Sketch of the medical history of the native army of Bombay, for the year
Year: 1872
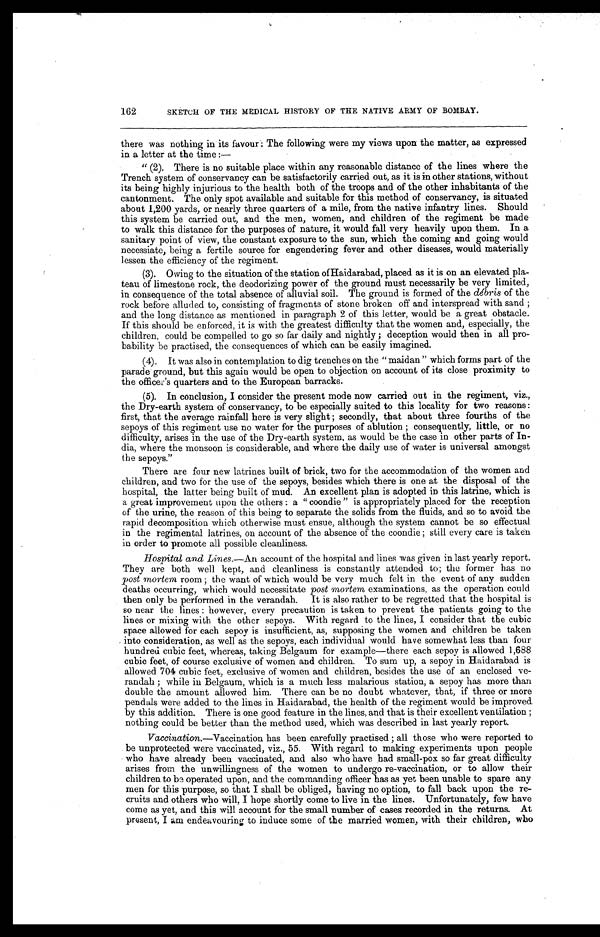
162
SKETCH OF THE MEDICAL HISTORY OF THE NATIVE ARMY OF BOMBAY.
there was nothing in its favour: The following were my views upon the matter, as expressed
in a letter at the time:—
" (2). There is no suitable place within any reasonable distance of the lines where the
Trench system of conservancy can be satisfactorily carried out, as it is in other stations, without
its being highly injurious to the health both of the troops and of the other inhabitants of the
cantonment. The only spot available and suitable for this method of conservancy, is situated
about 1,200 yards, or nearly three quarters of a mile, from the native infantry lines. Should
this system be carried out, and the men, women, and children of the regiment be made
to walk this distance for the purposes of nature, it would fall very heavily upon them. In a
sanitary point of view, the constant exposure to the sun, which the coming and going would
necessiate, being a fertile source for engendering fever and other diseases, would materially
lessen the efficiency of the regiment.
(3). Owing to the situation of the station of Haidarabad, placed as it is on an elevated pla-
teau of limestone rock, the deodorizing power of the ground must necessarily be very limited,
in consequence of the total absence of alluvial soil. The ground is formed of the débris of the
rock before alluded to, consisting of fragments of stone broken off and interspread with sand;
and the long distance as mentioned in paragraph 2 of this letter, would be a great obstacle.
If this should be enforced, it is with the greatest difficulty that the women and, especially, the
children, could be compelled to go so far daily and nightly; deception would then in all pro-
bability be practised, the consequences of which can be easily imagined.
(4). It was also in contemplation to dig trenches on the " maidan " which forms part of the
parade ground, but this again would be open to objection on account of its close proximity to
the officer's quarters and to the European barracks.
(5). In conclusion, I consider the present mode now carried out in the regiment, viz.,
the Dry-earth system of conservancy, to be especially suited to this locality for two reasons:
first, that the average rainfall here is very slight; secondly, that about three fourths of the
sepoys of this regiment use no water for the purposes of ablution; consequently, little, or no
difficulty, arises in the use of the Dry-earth system, as would be the case in other parts of In-
dia, where the monsoon is considerable, and where the daily use of water is universal amongst
the sepoys."
There are four new latrines built of brick, two for the accommodation of the women and
children, and two for the use of the sepoys, besides which there is one at the disposal of the
hospital, the latter being built of mud. An excellent plan is adopted in this latrine, which is
a great improvement upon the others: a " coondie " is appropriately placed for the reception
of the urine, the reason of this being to separate the solids from the fluids, and so to avoid the
rapid decomposition which otherwise must ensue, although the system cannot be so effectual
in the regimental latrines, on account of the absence of the coondie; still every care is taken
in order to promote all possible cleanliness.
Hospital and Lines.—An account of the hospital and lines was given in last yearly report.
They are both well kept, and cleanliness is constantly attended to; the former has no
post mortem room; the want of which would be very much felt in the event of any sudden
deaths occurring, which would necessitate post mortem examinations, as the operation could
then only be performed in the verandah. It is also rather to be regretted that the hospital is
so near the lines: however, every precaution is taken to prevent the patients going to the
lines or mixing with the other sepoys. With regard to the lines, I consider that the cubic
space allowed for each sepoy is insufficient, as, supposing the women and children be taken
into consideration, as well as the sepoys, each individual would have somewhat less than four
hundred cubic feet, whereas, taking Belgaum for example—there each sepoy is allowed 1,688
cubic feet, of course exclusive of women and children. To sum up, a sepoy in Haidarabad is
allowed 704 cubic feet, exclusive of women and children, besides the use of an enclosed ve-
randah; while in Belgaum, which is a much less malarious station, a sepoy has more than
double the amount allowed him. There can be no doubt whatever, that, if three or more
pendals were added to the lines in Haidarabad, the health of the regiment would be improved
by this addition. There is one good feature in the lines, and that is their excellent ventilation;
nothing could be better than the method used, which was described in last yearly report.
Vaccination.—Vaccination has been carefully practised; all those who were reported to
be unprotected were vaccinated, viz., 55. With regard to making experiments upon people
who have already been vaccinated, and also who have had small-pox so far great difficulty
arises from the unwillingness of the women to undergo re-vaccination, or to allow their
children to be operated upon, and the commanding officer has as yet been unable to spare any
men for this purpose, so that I shall be obliged, having no option, to fall back upon the re-
cruits and others who will, I hope shortly come to live in the lines. Unfortunately, few have
come as yet, and this will account for the small number of cases recorded in the returns. At
present, I am endeavouring to induce some of the married women, with their children, who